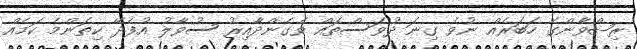
ރިޟްވާންގެ ހަބަރެއް ނުވެ ގިނަ ދުވަސްތައް ވެގެންދާއިރު ސުވާލު އުފެދޭ ކިތަންމެ ކަމެއް